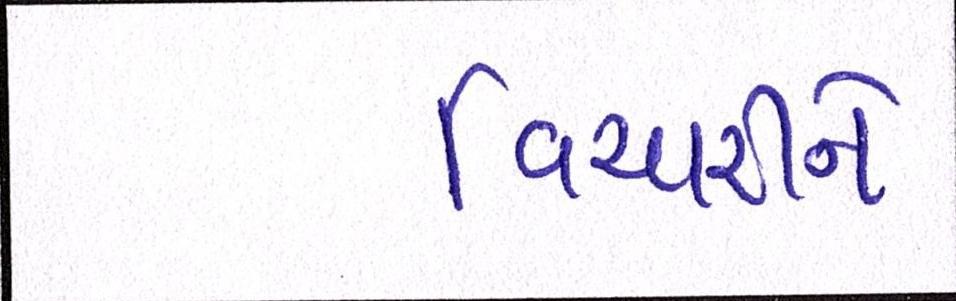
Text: વિચારીને